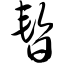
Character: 暂